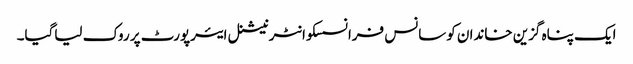
ایک پناہ گزین خاندان کوسانس فرانسسکوانٹرنیشنل ایئرپورٹ پر روک لیاگیا۔